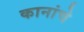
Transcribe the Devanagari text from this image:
कानांचे